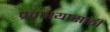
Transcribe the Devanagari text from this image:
प्रवाश्यासाठी